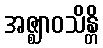
အဇ္ဈာဝသိန္တိ